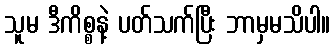
သူမ ဒီကိစ္စနဲ့ ပတ်သက်ပြီး ဘာမှမသိပါ။